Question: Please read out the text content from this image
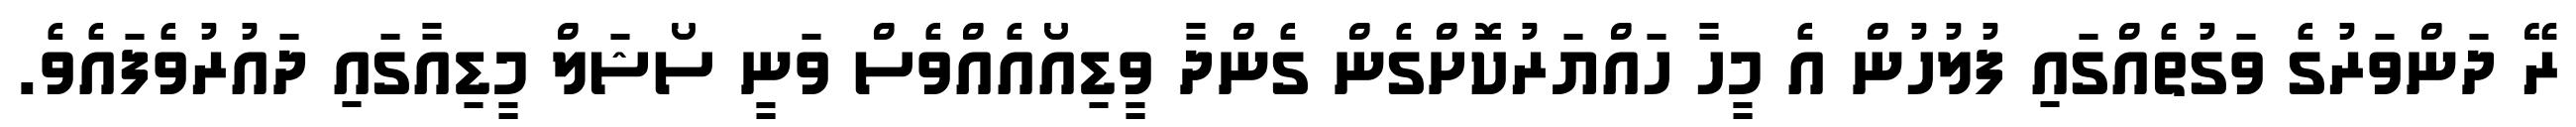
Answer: ރޭ ދަންވަރުގެ ވަގުތެއްގައި ފުލުހުން އެ މީހާ ހައްޔަރުކޮށްގެން ގެންދާ ވީޑިއޯއެއްވެސް ވަނީ ސޯޝަލް މީޑިއާގައި ދައުރުވެފައެވެ.